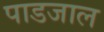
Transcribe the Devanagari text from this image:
पाडजाल